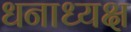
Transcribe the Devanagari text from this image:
धनाध्यक्ष